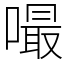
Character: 嘬